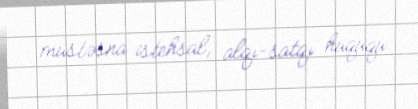
müstəsna istehsal, alqı-satqı hüququ.